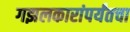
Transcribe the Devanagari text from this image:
गझलकारांपर्यंतचा